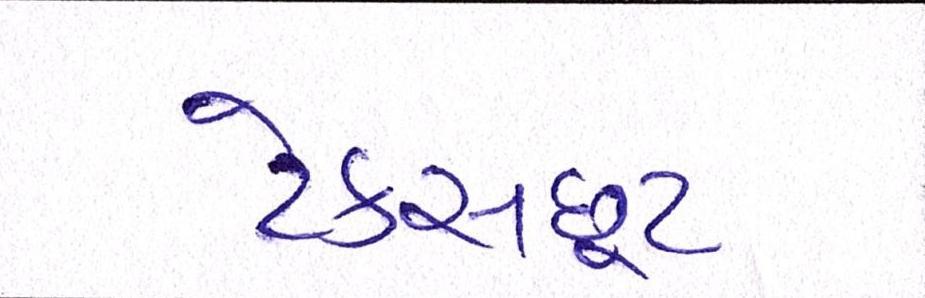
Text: ટેક્સછૂટ